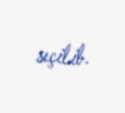
seçilib.